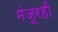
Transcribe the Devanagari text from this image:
मंजूरही